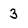
Character: 3